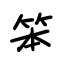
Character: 笨